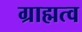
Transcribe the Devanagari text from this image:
ग्राह्मत्व